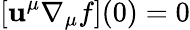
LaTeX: [\mathbf{u}^{\mu}\nabla_{\mu}f](0)=0